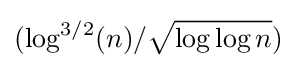
(\log ^{3/2}(n)/{\sqrt {\log \log n}})